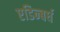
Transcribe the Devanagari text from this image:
एडिन्बर्घ